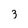
Character: 3